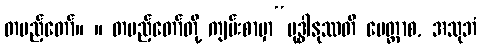
တပည့်တော်။ ။ တပည့်တော်တို့ ကျမ်းစာမှာ“ဗုဒ္ဓါနုဿတိ မေတ္တာစ, အသုဘံ